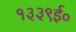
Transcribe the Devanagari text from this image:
१३३९ई०